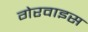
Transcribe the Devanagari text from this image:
गेरवाइस